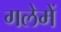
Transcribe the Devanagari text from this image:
गलेमें